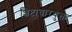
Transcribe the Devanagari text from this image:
शिष्टाचारयुक्त